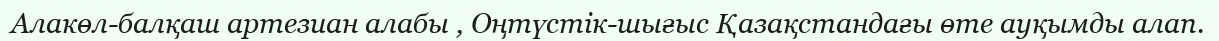
Алакөл-балқаш артезиан алабы , Оңтүстік-шығыс Қазақстандағы өте ауқымды алап.